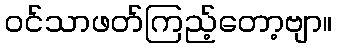
ဝင်သာဖတ်ကြည့်တော့ဗျာ။